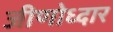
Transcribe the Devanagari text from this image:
जीणोध्दार